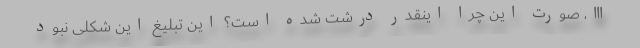
اِاِاِ، صورت این چرا اینقدر درشت شده است؟ این تبلیغ این شکلی نبود